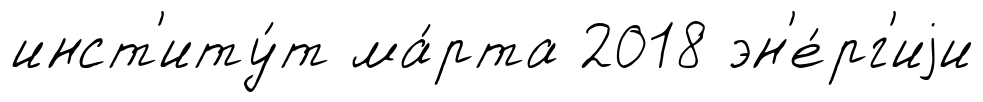
инст'иту́т ма́рта 2018 эн'е́рг'иjи